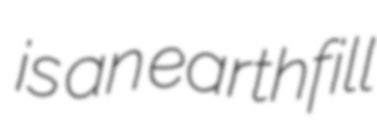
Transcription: is an earthfill